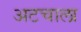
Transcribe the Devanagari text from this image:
अटचाला